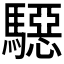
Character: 𱄲